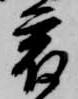
宿